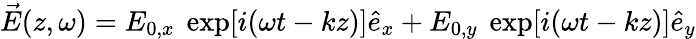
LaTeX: \vec{E}(z,\omega)=E_{0,x}~\exp[i(\omega t-kz)]\hat{e}_{x}+E_{0,y}~\exp[i(\omega t-kz)]\hat{e}_{y}